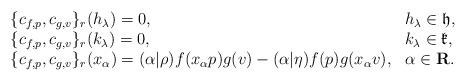
LaTeX: \begin{align*}\begin{array}{ll}\{c_{f,p},c_{g,v}\}_r(h_\lambda)=0, &h_\lambda\in\frak h,\\\{c_{f,p},c_{g,v}\}_r(k_\lambda)=0, &k_\lambda\in\frak k,\\\{c_{f,p},c_{g,v}\}_r(x_\alpha)=(\alpha|\rho)f(x_\alpha p)g(v)-(\alpha|\eta)f(p)g(x_\alpha v), &\alpha\in\bf R.\end{array}\end{align*}